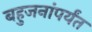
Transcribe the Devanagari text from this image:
बहुजनांपर्यंत